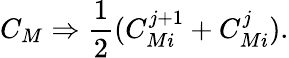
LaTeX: C_{M}\Rightarrow{\frac{1}{2}}(C_{Mi}^{j+1}+C_{Mi}^{j}).